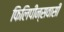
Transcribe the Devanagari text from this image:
फिलिपीन्सवासी